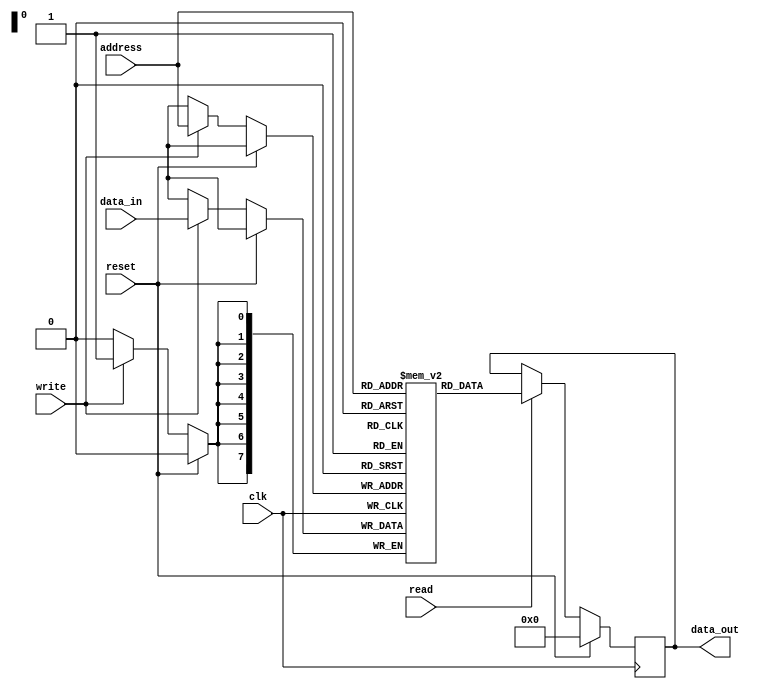
module RAM(
    input clk,
    input reset,
    input write,
    input read,
    input [7:0] address,
    input [7:0] data_in,
    output reg [7:0] data_out
);

reg [7:0] memory [0:255];

always @(posedge clk) begin
    if (reset)
        data_out <= 8'b00000000;
    else begin
        if (write)
            memory[address] <= data_in;
        if (read)
            data_out <= memory[address];
    end
end

endmodule